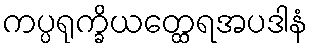
ကပ္ပရုက္ခိယတ္ထေရအပဒါနံ